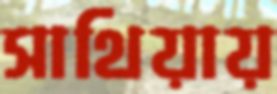
সাথিয়ায়